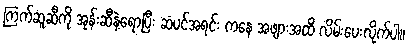
ကြက်ဆူဆီကို အုန်းဆီနဲ့ရောပြီး ဆံပင်အရင်း ကနေ အဖျားအထိ လိမ်းပေးလိုက်ပါ။